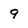
Character: 9